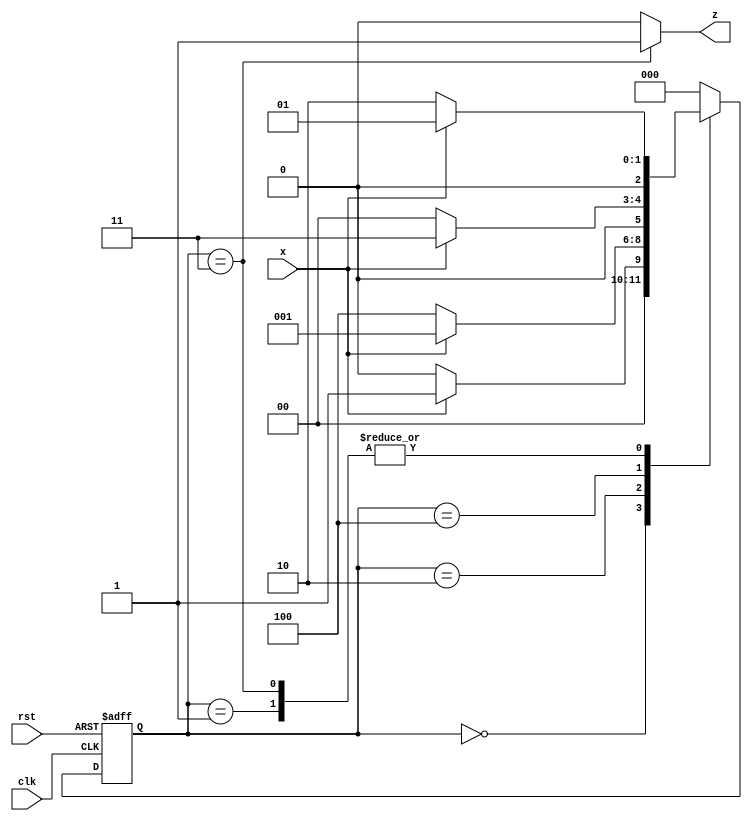
module moore_sequence_detector_ol(input clk, rst, x, output z);
  parameter A = 3'b000;
  parameter B = 3'b001;
  parameter C = 3'b010;
  parameter D = 3'b100;
  parameter E = 3'b011; // extra state when compared with Mealy Machine
  
  reg [2:0] ps, ns;
  always @(posedge clk or negedge rst) begin
    if(!rst) begin 
      ps <= A;
    end
    else ps <= ns;
  end
  
  always @(ps or x) begin
    case(ps)
      A: begin
           if(x == 0) ns = A;
           else       ns = B;
         end
      B: begin
           if(x == 0) ns = C;
           else       ns = B;
         end
      C: begin
           if(x == 0) ns = D;
           else       ns = B;
         end
      D: begin
           if(x == 0) ns = A;
           else       ns = E;
         end
      E: begin
           if(x == 0) ns = C;
           else       ns = B; //This state only differs when compared with Moore Non-Overlaping Machine
         end
      default: ns = A;
    endcase
  end
  assign z = (ps == E)? 1:0;
endmodule